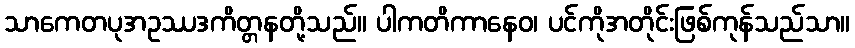
သာကေတပုအဥဿဒကိတ္တနတို့သည်။ ပါကတိကာနေဝ၊ ပင်ကိုအတိုင်းဖြစ်ကုန်သည်သာ။